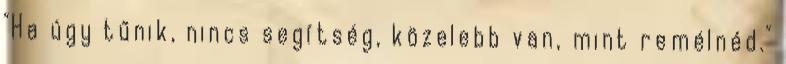
"Ha úgy tűnik, nincs segítség, közelebb van, mint remélnéd."